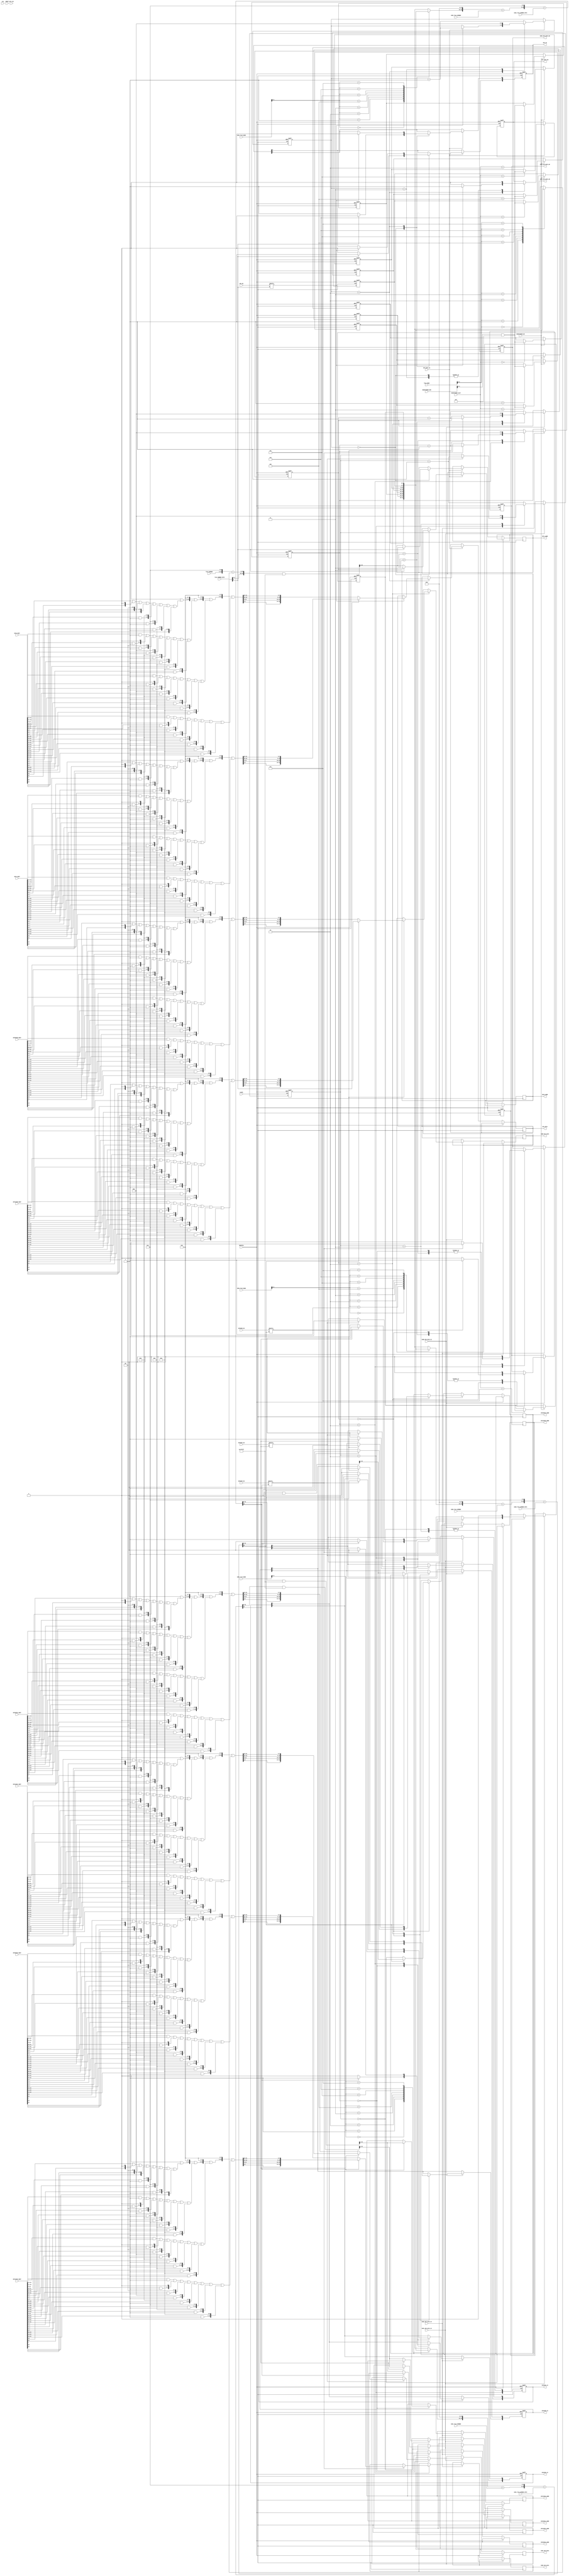
/*
* <-- pr4m0d -->
* https://pram0d.com
* https://twitter.com/pr4m0d
* https://github.com/psomashekar
*
* Copyright (c) 2022 Pramod Somashekar
*
* This program is free software: you can redistribute it and/or modify
* it under the terms of the GNU General Public License as published by
* the Free Software Foundation, either version 3 of the License, or
* (at your option) any later version.
*
* This program is distributed in the hope that it will be useful,
* but WITHOUT ANY WARRANTY; without even the implied warranty of
* MERCHANTABILITY or FITNESS FOR A PARTICULAR PURPOSE.  See the
* GNU General Public License for more details.
*
* You should have received a copy of the GNU General Public License
* along with this program.  If not, see <https://www.gnu.org/licenses/>.
*/
/*
This chip does address and bank translation to the graphics roms for the GP9001 chip.
It provides decoding functions for the graphics rom data.
*/
module AFBK_CT2 (
    input CLK,
    input CLK96,
    input GFX_CLK,
    input RESET,
    input RESET96,
    input [2:0] OBJECTBANK_SLOT,
    input [15:0] OBJECTBANK_DIN,
    input OBJECTBANK_WR,
    input [14:0] TILE_NUMBER,
    input [15:0] TILE_NUMBER_OFFS,
    input [3:0] TILE_BANK,

    input [14:0] SCR0_TILE_NUMBER,
    input [15:0] SCR0_TILE_NUMBER_OFFS,
    input [3:0] SCR0_TILE_BANK,

    input [14:0] SCR1_TILE_NUMBER,
    input [15:0] SCR1_TILE_NUMBER_OFFS,
    input [3:0] SCR1_TILE_BANK,

    input [14:0] SCR2_TILE_NUMBER,
    input [15:0] SCR2_TILE_NUMBER_OFFS,
    input [3:0] SCR2_TILE_BANK,

    input      GFX_DATA_CS,
    output reg [31:0] GFX_DATA,
    output reg GFX_DATA_OK,

    input      SCR0_GFX_DATA_CS,
    output reg [31:0] SCR0_GFX_DATA,
    output reg SCR0_GFX_DATA_OK,

    input      SCR1_GFX_DATA_CS,
    output reg [31:0] SCR1_GFX_DATA,
    output reg SCR1_GFX_DATA_OK,

    input      SCR2_GFX_DATA_CS,
    output reg [31:0] SCR2_GFX_DATA,
    output reg SCR2_GFX_DATA_OK,

    //GFX sdram interface
    output reg	    [1:0] GFX_CS,
    input 	 	    [1:0] GFX_OK,
	output reg     [21:0] GFX0_ADDR,
	input          [31:0] GFX0_DOUT,
    output reg     [21:0] GFX1_ADDR,
	input          [31:0] GFX1_DOUT,

    output reg	    [1:0] GFXSCR0_CS,
    input 	 	    [1:0] GFXSCR0_OK,
	output reg     [21:0] GFX0SCR0_ADDR,
	input          [31:0] GFX0SCR0_DOUT,
    output reg     [21:0] GFX1SCR0_ADDR,
	input          [31:0] GFX1SCR0_DOUT,

    output reg	    [1:0] GFXSCR1_CS,
    input 	 	    [1:0] GFXSCR1_OK,
	output reg     [21:0] GFX0SCR1_ADDR,
	input          [31:0] GFX0SCR1_DOUT,
    output reg     [21:0] GFX1SCR1_ADDR,
	input          [31:0] GFX1SCR1_DOUT,

    output reg	    [1:0] GFXSCR2_CS,
    input 	 	    [1:0] GFXSCR2_OK,
	output reg     [21:0] GFX0SCR2_ADDR,
	input          [31:0] GFX0SCR2_DOUT,
    output reg     [21:0] GFX1SCR2_ADDR,
	input          [31:0] GFX1SCR2_DOUT
);

integer i,m,npix;
function [31:0] decode_gfx;
	input [7:0] a,b,c,d;
	begin
        decode_gfx = 32'b0;
		for(i = 0; i < 4; i= i + 1) begin
			m = 7 - (i << 1);
			npix = ((a >> m) & 1) << 0;
			npix = npix | ((c >> m) & 1) << 1;
			npix = npix | ((b >> m) & 1) << 2;
			npix = npix | ((d >> m) & 1) << 3;
			npix = npix | ((a >> (m - 1)) & 1) << 4;
			npix = npix | ((c >> (m - 1)) & 1) << 5;
			npix = npix | ((b >> (m - 1)) & 1) << 6;
			npix = npix | ((d >> (m - 1)) & 1) << 7;
			decode_gfx = decode_gfx<<8 | npix;
		end
        //data is really little endian
        decode_gfx = {decode_gfx[7:0], decode_gfx[15:8], decode_gfx[23:16], decode_gfx[31:24]};
	end
endfunction

//object bankswitch
reg [3:0] object_bank [0:7];

//object bank write
always @(posedge CLK96, posedge RESET96) begin
    if(RESET96) begin
        `ifdef SIMULATION
        //select screen
        // object_bank[0] <= 'h9;
        // object_bank[1] <= 'hF; 
        // object_bank[2] <= 2;
        // object_bank[3] <= 3;
        // object_bank[4] <= 4;
        // object_bank[5] <= 5;
        // object_bank[6] <= 6;
        // object_bank[7] <= 7;
        //intro1
        // object_bank[0] <= 'h8;
        // object_bank[1] <= 'h9; 
        // object_bank[2] <= 'hA;
        // object_bank[3] <= 'hB;
        // object_bank[4] <= 'hC;
        // object_bank[5] <= 5;
        // object_bank[6] <= 6;
        // object_bank[7] <= 7;
        object_bank[0] <= 'he;
        object_bank[1] <= 'h1; 
        object_bank[2] <= 'h2;
        object_bank[3] <= 'h3;
        object_bank[4] <= 'h4;
        object_bank[5] <= 5;
        object_bank[6] <= 6;
        object_bank[7] <= 7;
        //bazzcok intro
        // object_bank[0] <= 'h9;
        // object_bank[1] <= 'h0; 
        // object_bank[2] <= 'h2;
        // object_bank[3] <= 'h3;
        // object_bank[4] <= 'h4;
        // object_bank[5] <= 5;
        // object_bank[6] <= 6;
        // object_bank[7] <= 7;
        //gameplay1
        // object_bank[0] <= 'h8;
        // object_bank[1] <= 'h1; 
        // object_bank[2] <= 'h2;
        // object_bank[3] <= 'h3;
        // object_bank[4] <= 'h4;
        // object_bank[5] <= 5;
        // object_bank[6] <= 6;
        // object_bank[7] <= 7;
        `else
        object_bank[0] <= 4'h0;
        object_bank[1] <= 4'h0;
        object_bank[2] <= 4'h0;
        object_bank[3] <= 4'h0;
        object_bank[4] <= 4'h0;
        object_bank[5] <= 4'h0;
        object_bank[6] <= 4'h0;
        object_bank[7] <= 4'h0;
        `endif
    end else begin
        if(OBJECTBANK_WR) object_bank[OBJECTBANK_SLOT] <= OBJECTBANK_DIN & 4'hF;
    end
end

wire [23:0] gfx_addr = {object_bank[TILE_BANK], {TILE_NUMBER,5'b0}+TILE_NUMBER_OFFS};
wire gfx_half = gfx_addr[23];

//gfx read/decode cycle
reg [2:0] st = 0;
always @(posedge CLK96, posedge RESET96) begin
    if(RESET96) begin
        GFX_CS<=1'b0;
        GFX_DATA_OK<=1'b0;
        st<=0;
    end 
    else if(GFX_DATA_CS) begin
        st<=st+1;
        case(st)
            0: begin
                if(gfx_half) begin
                    GFX_CS[0]<=1'b0;
                    GFX_CS[1]<=1'b1;
                    GFX1_ADDR<=(gfx_addr&'h7FFFFF)>>1;
                end else begin
                    GFX_CS[1]<=1'b0;
                    GFX_CS[0]<=1'b1;
                    GFX0_ADDR<=(gfx_addr&'h7FFFFF)>>1;
                end
                GFX_DATA_OK<=1'b0;
            end
            2: begin
                if(GFX_OK[gfx_half]) begin
                    // $display("%h %h", gfx_half ? GFX1_ADDR : GFX0_ADDR, gfx_half ? GFX1_DOUT : GFX0_DOUT);
                    GFX_DATA<= gfx_half ? decode_gfx(GFX1_DOUT[15:8], GFX1_DOUT[7:0], GFX1_DOUT[31:24], GFX1_DOUT[23:16]) :
                                          decode_gfx(GFX0_DOUT[15:8], GFX0_DOUT[7:0], GFX0_DOUT[31:24], GFX0_DOUT[23:16]);
                    GFX_CS<=2'b00;
                    GFX_DATA_OK<=1'b1;
                    st<=st+1;
                end else begin
                    GFX_DATA_OK<=1'b0;
                    st<=st;
                end
            end
            3: begin
                st<=0;
                GFX_DATA_OK<=1'b0;
            end
        endcase
    end
end

wire [23:0] scr0_gfx_addr = (((object_bank[SCR0_TILE_BANK]<<15) + SCR0_TILE_NUMBER)<<5) + SCR0_TILE_NUMBER_OFFS;
wire scr0_gfx_half = scr0_gfx_addr[23];

wire [23:0] scr1_gfx_addr = (((object_bank[SCR1_TILE_BANK]<<15) + SCR1_TILE_NUMBER)<<5) + SCR1_TILE_NUMBER_OFFS;
wire scr1_gfx_half = scr1_gfx_addr[23];

wire [23:0] scr2_gfx_addr = (((object_bank[SCR2_TILE_BANK]<<15) + SCR2_TILE_NUMBER)<<5) + SCR2_TILE_NUMBER_OFFS;
wire scr2_gfx_half = scr2_gfx_addr[23];

//gfx read/decode cycle (scroll0)
reg [2:0] scr0_st = 0;
always @(posedge CLK96, posedge RESET96) begin
    if(RESET96) begin
        GFXSCR0_CS<=1'b0;
        SCR0_GFX_DATA_OK<=1'b0;
        scr0_st<=0;
    end 
    else if(SCR0_GFX_DATA_CS) begin
        scr0_st<=scr0_st+1;
        case(scr0_st)
            0: begin
                if(scr0_gfx_half) begin
                    GFXSCR0_CS[0]<=1'b0;
                    GFXSCR0_CS[1]<=1'b1;
                    GFX1SCR0_ADDR<=(scr0_gfx_addr&'h7FFFFF)>>1;
                end else begin
                    GFXSCR0_CS[1]<=1'b0;
                    GFXSCR0_CS[0]<=1'b1;
                    GFX0SCR0_ADDR<=(scr0_gfx_addr&'h7FFFFF)>>1;
                end
                SCR0_GFX_DATA_OK<=1'b0;
            end
            2: begin
                if(GFXSCR0_OK[scr0_gfx_half]) begin
                    // $display("%h %h", scr_gfx_half ? GFX1SCR_ADDR : GFX0SCR_ADDR, scr_gfx_half ? GFX1SCR_DOUT : GFX0SCR_DOUT);
                    SCR0_GFX_DATA<= scr0_gfx_half ? decode_gfx(GFX1SCR0_DOUT[15:8], GFX1SCR0_DOUT[7:0], GFX1SCR0_DOUT[31:24], GFX1SCR0_DOUT[23:16]) :
                                                    decode_gfx(GFX0SCR0_DOUT[15:8], GFX0SCR0_DOUT[7:0], GFX0SCR0_DOUT[31:24], GFX0SCR0_DOUT[23:16]);
                    GFXSCR0_CS<=2'b00;
                    SCR0_GFX_DATA_OK<=1'b1;
                    scr0_st<=scr0_st+1;
                end else begin
                    SCR0_GFX_DATA_OK<=1'b0;
                    scr0_st<=scr0_st;
                end
            end
            3: begin
                scr0_st<=0;
                SCR0_GFX_DATA_OK<=1'b0;
            end
        endcase
    end
end

//gfx read/decode cycle (scroll1)
reg [2:0] scr1_st = 0;
always @(posedge CLK96, posedge RESET96) begin
    if(RESET96) begin
        GFXSCR1_CS<=1'b0;
        SCR1_GFX_DATA_OK<=1'b0;
        scr1_st<=0;
    end 
    else if(SCR1_GFX_DATA_CS) begin
        scr1_st<=scr1_st+1;
        case(scr1_st)
            0: begin
                if(scr1_gfx_half) begin
                    GFXSCR1_CS[0]<=1'b0;
                    GFXSCR1_CS[1]<=1'b1;
                    GFX1SCR1_ADDR<=(scr1_gfx_addr&'h7FFFFF)>>1;
                end else begin
                    GFXSCR1_CS[1]<=1'b0;
                    GFXSCR1_CS[0]<=1'b1;
                    GFX0SCR1_ADDR<=(scr1_gfx_addr&'h7FFFFF)>>1;
                end
                SCR1_GFX_DATA_OK<=1'b0;
            end
            2: begin
                if(GFXSCR1_OK[scr1_gfx_half]) begin
                    // $display("%h %h", scr_gfx_half ? GFX1SCR_ADDR : GFX0SCR_ADDR, scr_gfx_half ? GFX1SCR_DOUT : GFX0SCR_DOUT);
                    SCR1_GFX_DATA<= scr1_gfx_half ? decode_gfx(GFX1SCR1_DOUT[15:8], GFX1SCR1_DOUT[7:0], GFX1SCR1_DOUT[31:24], GFX1SCR1_DOUT[23:16]) :
                                                    decode_gfx(GFX0SCR1_DOUT[15:8], GFX0SCR1_DOUT[7:0], GFX0SCR1_DOUT[31:24], GFX0SCR1_DOUT[23:16]);
                    GFXSCR1_CS<=2'b00;
                    SCR1_GFX_DATA_OK<=1'b1;
                    scr1_st<=scr1_st+1;
                end else begin
                    SCR1_GFX_DATA_OK<=1'b0;
                    scr1_st<=scr1_st;
                end
            end
            3: begin
                scr1_st<=0;
                SCR1_GFX_DATA_OK<=1'b0;
            end
        endcase
    end
end

//gfx read/decode cycle (scroll2)
reg [2:0] scr2_st = 0;
always @(posedge CLK96, posedge RESET96) begin
    if(RESET96) begin
        GFXSCR2_CS<=1'b0;
        SCR2_GFX_DATA_OK<=1'b0;
        scr2_st<=0;
    end 
    else if(SCR2_GFX_DATA_CS) begin
        scr2_st<=scr2_st+1;
        case(scr2_st)
            0: begin
                if(scr2_gfx_half) begin
                    GFXSCR2_CS[0]<=1'b0;
                    GFXSCR2_CS[1]<=1'b1;
                    GFX1SCR2_ADDR<=(scr2_gfx_addr&'h7FFFFF)>>1;
                end else begin
                    GFXSCR2_CS[1]<=1'b0;
                    GFXSCR2_CS[0]<=1'b1;
                    GFX0SCR2_ADDR<=(scr2_gfx_addr&'h7FFFFF)>>1;
                end
                SCR2_GFX_DATA_OK<=1'b0;
            end
            2: begin
                if(GFXSCR2_OK[scr2_gfx_half]) begin
                    // $display("%h %h", scr_gfx_half ? GFX1SCR_ADDR : GFX0SCR_ADDR, scr_gfx_half ? GFX1SCR_DOUT : GFX0SCR_DOUT);
                    SCR2_GFX_DATA<= scr2_gfx_half ? decode_gfx(GFX1SCR2_DOUT[15:8], GFX1SCR2_DOUT[7:0], GFX1SCR2_DOUT[31:24], GFX1SCR2_DOUT[23:16]) :
                                                    decode_gfx(GFX0SCR2_DOUT[15:8], GFX0SCR2_DOUT[7:0], GFX0SCR2_DOUT[31:24], GFX0SCR2_DOUT[23:16]);
                    GFXSCR2_CS<=2'b00;
                    SCR2_GFX_DATA_OK<=1'b1;
                    scr2_st<=scr2_st+1;
                end else begin
                    SCR2_GFX_DATA_OK<=1'b0;
                    scr2_st<=scr2_st;
                end
            end
            3: begin
                scr2_st<=0;
                SCR2_GFX_DATA_OK<=1'b0;
            end
        endcase
    end
end
endmodule